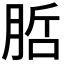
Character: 𭨷